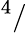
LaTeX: ^4/